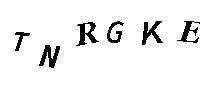
TNRGKE